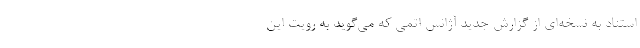
استناد به نسخه‌ای از گزارش جدید آژانس اتمی که می‌گوید به رویت این